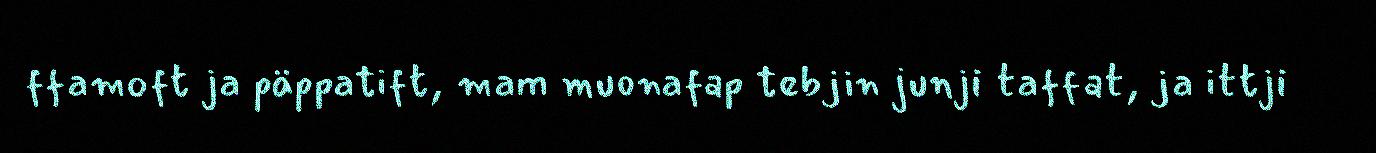
ffamoft ja päppatift, mam muonafap tebjin junji taffat, ja ittji